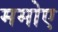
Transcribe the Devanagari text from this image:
ममोए